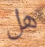
هل